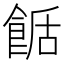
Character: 𩛶